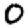
Digit: 0